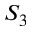
S _ { 3 }